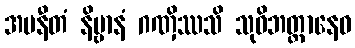
အပနီတံ နိဗ္ဗာနံ ဂဏှိဿသိ သုဝိဘတ္တာနေဝ